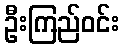
ဦးကြည်ဝင်း